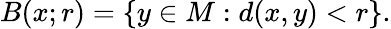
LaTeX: B(x;r)=\{ y\in M:d(x,y)<r\} .